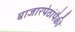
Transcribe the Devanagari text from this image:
बाजारपेठांपैकी